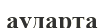
аударта